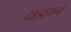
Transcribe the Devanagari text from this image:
दाइहान